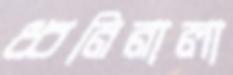
ধ্বনিনালা